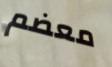
معضم